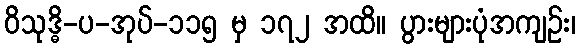
ဝိသုဒ္ဓိ-ပ-အုပ်-၁၁၅ မှ ၁၇၂ အထိ။ ပွားများပုံအကျဉ်း၊